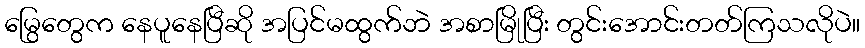
မြွေတွေက နေပူနေပြီဆို အပြင်မထွက်ဘဲ အစာမြိုပြီး တွင်းအောင်းတတ်ကြသလိုပဲ။